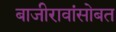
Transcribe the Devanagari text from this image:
बाजीरावांसोबत